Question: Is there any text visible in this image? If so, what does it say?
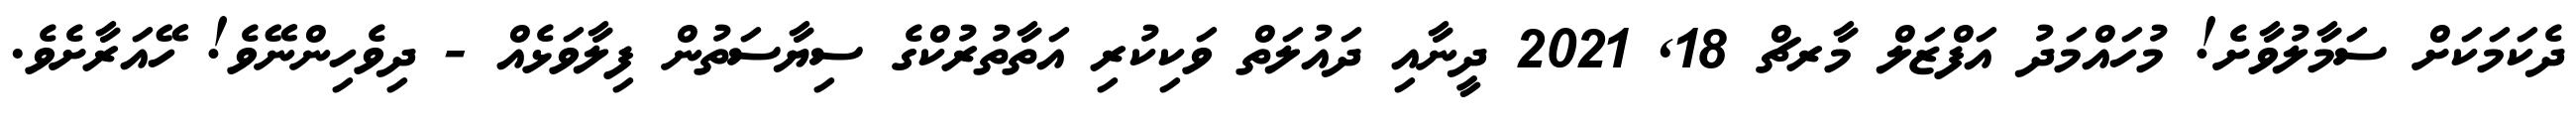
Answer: ދެކަމަކަށް ސަމާލުވާށެ! މުހައްމަދު އަފްޒަލް މާރޗް 18, 2021 ދީނާއި ދައުލަތް ވަކިކުރި އަތާތުރުކްގެ ސިޔާސަތުން ފިލާވަޅެއް - ދިވެހިންނޭވެ! ހޭއަރާށެވެ.